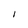
Character: I